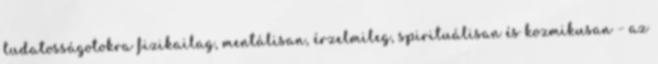
tudatosságotokra fizikailag, mentálisan, érzelmileg, spirituálisan és kozmikusan – az